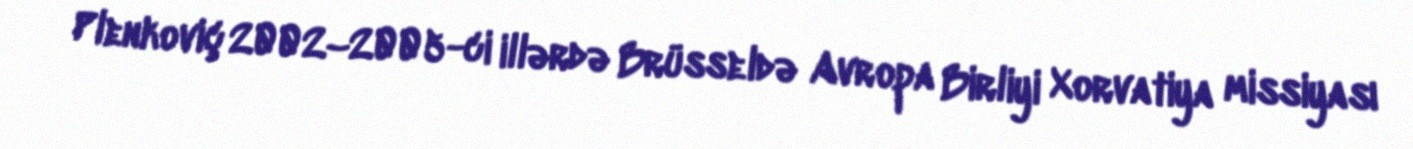
Plenkoviç 2002–2005-ci illərdə Brüsseldə Avropa Birliyi Xorvatiya missiyası